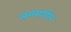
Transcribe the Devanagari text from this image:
सममापीय